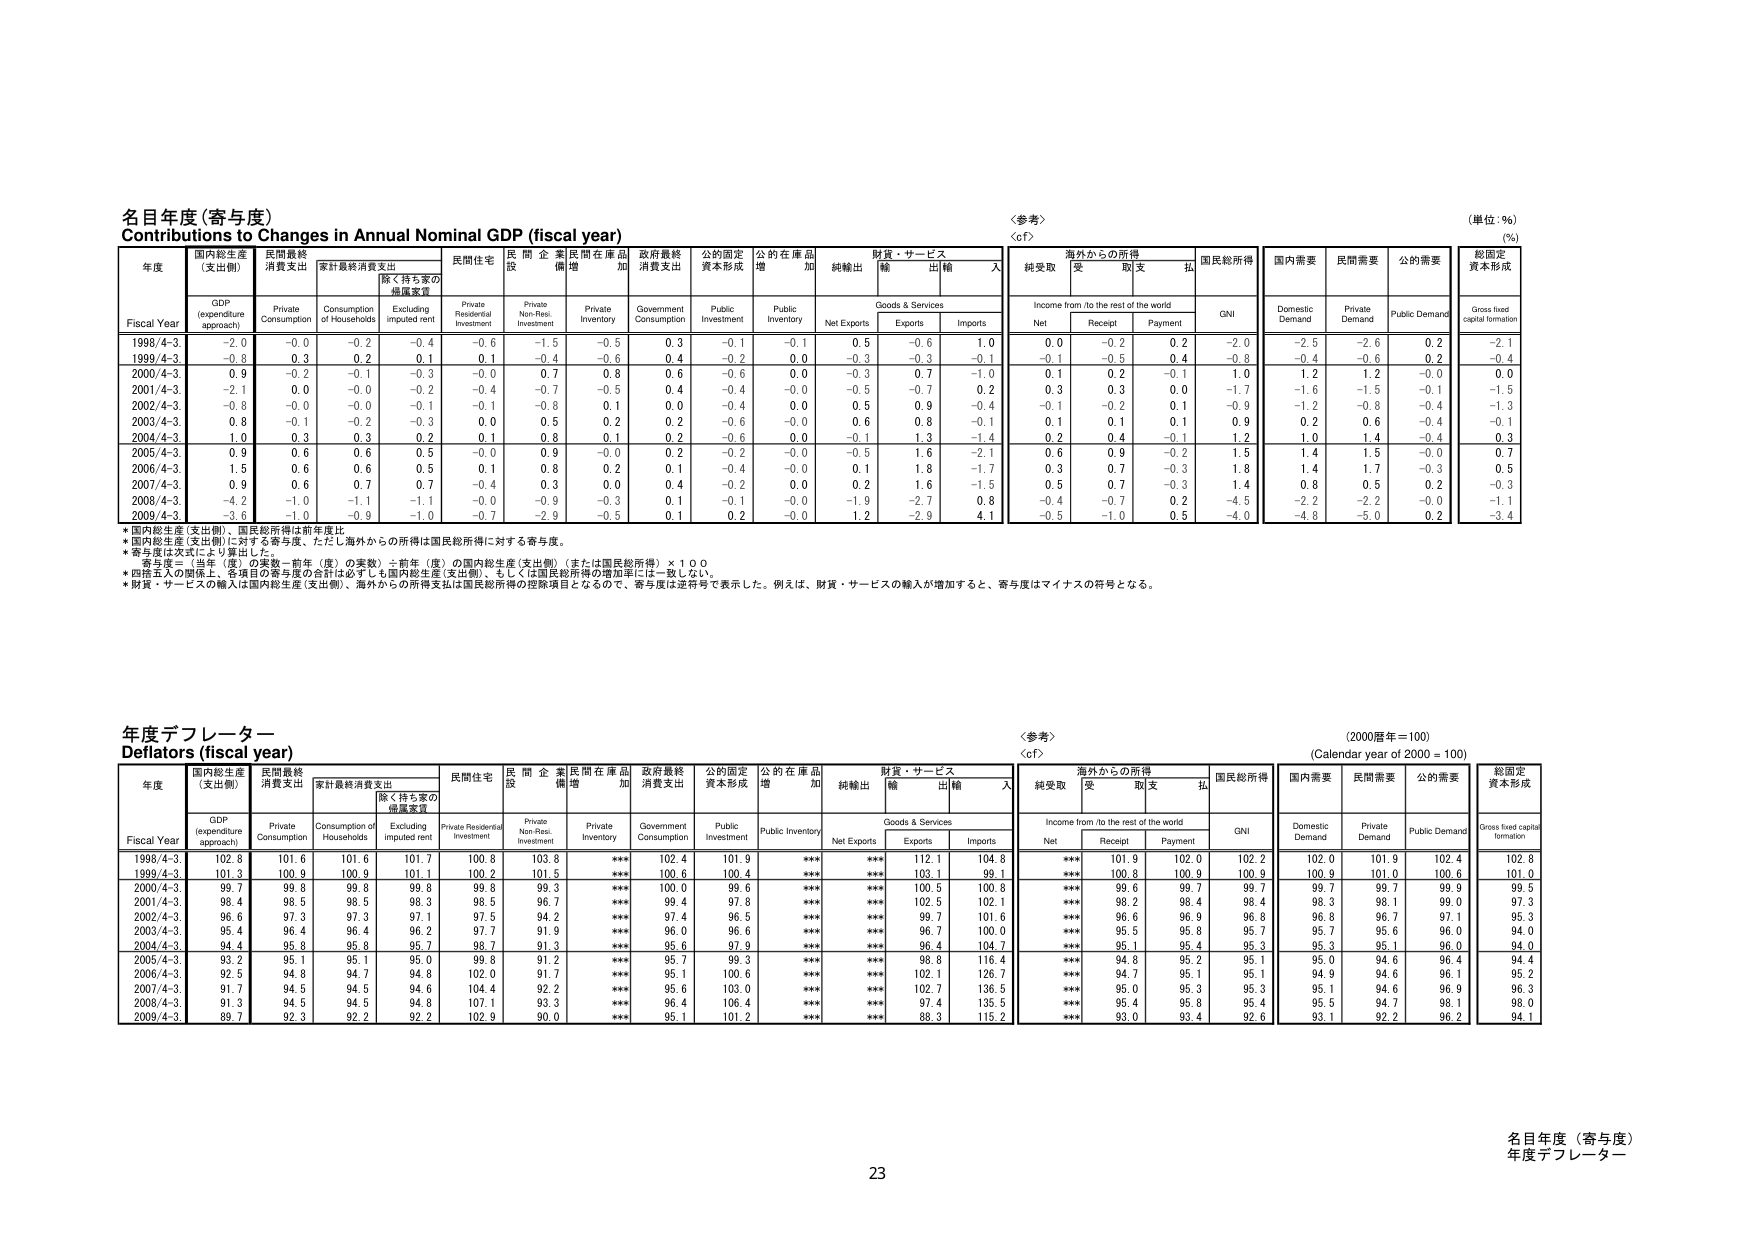
名目年度（寄与度）
Contributions to Changes in Annual Nominal GDP (fiscal year)
（単位：％）
（%）

年度
Fiscal Year
国内総生産（支出側）
GDP (expenditure approach)
民間最終消費支出
Private Consumption
家計最終消費支出
Consumption of Households
除く持ち家の帰属家賃
Excluding imputed rent
民間住宅
Private Residential Investment
民間企業設備
Private Non-Res. Investment
民間在庫品増加
Private Inventory
政府最終消費支出
Government Consumption
公的固定資本形成
Public Investment
公的在庫品増加
Public Inventory
純輸出
Net Exports
財貨・サービス
Goods & Services
輸出
Exports
輸入
Imports
〈参考〉
〈cf〉
海外からの所得
Income from /to the rest of the world
純受取
Net
受取
Receipt
取支
Payment
払
国民総所得
GNI
国内需要
Domestic Demand
民間需要
Private Demand
公的需要
Public Demand
総固定資本形成
Gross fixed capital formation

1998/4-3
-2.0
-0.0
-0.2
-0.4
-0.6
-1.5
-0.5
0.3
-0.1
-0.1
0.5
-0.6
1.0
0.0
-0.2
0.2
-2.0
-2.5
-2.6
0.2
-2.1
1999/4-3
-0.8
0.3
0.2
0.1
0.1
-0.4
-0.6
0.4
-0.2
0.0
-0.3
-0.3
-0.1
-0.1
-0.5
0.4
-0.8
-0.4
-0.6
0.2
-0.4
2000/4-3
0.9
-0.2
-0.1
-0.3
-0.0
0.7
0.8
0.6
-0.6
0.0
-0.3
0.7
-1.0
0.1
0.2
-0.1
1.0
1.2
1.2
-0.0
0.0
2001/4-3
-2.1
0.0
-0.0
-0.2
-0.4
-0.7
-0.5
0.4
-0.4
-0.0
-0.5
-0.7
0.2
0.3
0.3
0.0
-1.7
-1.6
-1.5
-0.1
-1.5
2002/4-3
-0.8
-0.0
-0.0
-0.1
-0.1
-0.8
0.1
0.0
-0.4
0.0
0.5
0.9
-0.4
-0.1
-0.2
0.1
-0.9
-1.2
-0.8
-0.4
-1.3
2003/4-3
0.8
-0.1
-0.2
-0.3
0.0
0.5
0.2
0.2
-0.6
-0.0
0.6
0.8
-0.1
0.1
0.1
0.1
0.9
0.2
0.6
-0.4
-0.1
2004/4-3
1.0
0.3
0.3
0.2
0.1
0.8
0.1
0.2
-0.6
0.0
-0.1
1.3
-1.4
0.2
0.4
-0.1
1.2
1.0
1.4
-0.4
0.3
2005/4-3
0.9
0.6
0.6
0.5
-0.0
0.9
-0.0
0.2
-0.2
-0.0
-0.5
1.6
-2.1
0.6
0.9
-0.2
1.5
1.4
1.5
-0.0
0.7
2006/4-3
1.5
0.6
0.6
0.5
0.1
0.8
0.2
0.1
-0.4
-0.0
0.1
1.8
-1.7
0.3
0.7
-0.3
1.8
1.4
1.7
-0.3
0.5
2007/4-3
0.9
0.6
0.7
0.7
-0.4
0.3
0.0
0.4
-0.2
0.0
0.2
1.6
-1.5
0.5
0.7
-0.3
1.4
0.8
0.5
0.2
-0.3
2008/4-3
-4.2
-1.0
-1.1
-1.1
-0.0
-0.9
-0.3
0.1
-0.1
-0.0
-1.9
-2.7
0.8
-0.4
-0.7
0.2
-4.5
-2.2
-2.2
-0.0
-1.1
2009/4-3
-3.6
-1.0
-0.9
-1.0
-0.7
-2.9
-0.5
0.1
0.2
-0.0
1.2
-2.9
4.1
-0.5
-1.0
0.5
-4.0
-4.8
-5.0
0.2
-3.4

*国内総生産（支出側）、国民総所得は前年度比。
*国内総生産（支出側）に対する寄与度、ただし海外からの所得は国民総所得に対する寄与度。
*寄与度は次式により算出した。
　寄与度＝（当年（度）の実数－前年（度）の実数）÷前年（度）の国内総生産（支出側）（または国民総所得）×１００
*四捨五入の関係上、各項目の寄与度の合計は必ずしも国内総生産（支出側）、もしくは国民総所得の増加率には一致しない。
*財貨・サービスの輸入は国内総生産（支出側）、海外からの所得支出は国民総所得の控除項目となるので、寄与度は逆符号で表示した。例えば、財貨・サービスの輸入が増加すると、寄与度はマイナスの符号となる。

年度デフレーター
Deflators (fiscal year)
（2000暦年＝100）
(Calendar year of 2000 = 100)

年度
Fiscal Year
国内総生産（支出側）
GDP (expenditure approach)
民間最終消費支出
Private Consumption
家計最終消費支出
Consumption of Households
除く持ち家の帰属家賃
Excluding imputed rent
民間住宅
Private Residential Investment
民間企業設備
Private Non-Res. Investment
民間在庫品増加
Private Inventory
政府最終消費支出
Government Consumption
公的固定資本形成
Public Investment
公的在庫品増加
Public Inventory
純輸出
Net Exports
財貨・サービス
Goods & Services
輸出
Exports
輸入
Imports
〈参考〉
〈cf〉
海外からの所得
Income from /to the rest of the world
純受取
Net
受取
Receipt
取支
Payment
払
国民総所得
GNI
国内需要
Domestic Demand
民間需要
Private Demand
公的需要
Public Demand
総固定資本形成
Gross fixed capital formation

1998/4-3
102.8
101.6
101.6
101.7
100.8
103.8
***
102.4
101.9
***
***
112.1
104.8
***
101.9
102.0
102.2
102.0
101.9
102.4
102.8
1999/4-3
101.3
100.9
100.9
101.1
100.2
101.5
***
100.6
100.4
***
***
103.1
99.1
***
100.8
100.9
100.9
100.9
101.0
100.6
101.0
2000/4-3
99.7
99.8
99.8
99.8
99.8
99.3
***
100.0
99.6
***
***
100.5
100.8
***
99.6
99.7
99.7
99.7
99.7
99.9
99.5
2001/4-3
98.4
98.5
98.5
98.3
98.5
96.7
***
99.4
97.8
***
***
102.5
102.1
***
98.2
98.4
98.4
98.3
98.1
99.0
97.3
2002/4-3
96.6
97.3
97.3
97.1
97.5
94.2
***
97.4
96.5
***
***
99.7
101.6
***
96.6
96.9
96.8
96.8
96.7
97.1
95.3
2003/4-3
95.4
96.4
96.4
96.2
97.7
91.9
***
96.0
96.6
***
***
96.7
100.0
***
95.5
95.8
95.7
95.7
95.6
96.0
94.0
2004/4-3
94.4
95.8
95.8
95.7
98.7
91.3
***
95.6
97.9
***
***
96.4
104.7
***
95.1
95.4
95.3
95.3
95.1
96.0
94.0
2005/4-3
93.2
95.1
95.1
95.0
99.8
91.2
***
95.7
99.3
***
***
98.8
116.4
***
94.8
95.2
95.1
95.0
94.6
96.4
94.4
2006/4-3
92.5
94.8
94.7
94.8
102.0
91.7
***
95.1
100.6
***
***
102.1
126.7
***
94.7
95.1
95.1
94.9
94.6
96.1
95.2
2007/4-3
91.7
94.5
94.5
94.6
104.4
92.2
***
95.6
103.0
***
***
102.7
136.5
***
95.0
95.3
95.3
95.1
94.6
96.9
96.3
2008/4-3
91.3
94.5
94.5
94.8
107.1
93.3
***
96.4
106.4
***
***
97.4
135.5
***
95.4
95.8
95.4
95.5
94.7
98.1
98.0
2009/4-3
89.7
92.3
92.2
92.2
102.9
90.0
***
95.1
101.2
***
***
88.3
115.2
***
93.0
93.4
92.6
93.1
92.2
96.2
94.1

名目年度（寄与度）
年度デフレーター
23